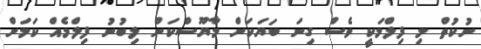
ނުކުތް މި ފިލްމަކީ ވެސް ގިނަ ބަޔަކަށް މާޔޫސްކަން ލިބުނު ފިލްމެއް ކަމަށް